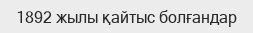
1892 жылы қайтыс болғандар